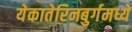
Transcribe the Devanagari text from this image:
येकातेरिनबुर्गमध्ये